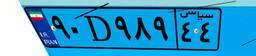
۹۰D۹۸۹۴۴